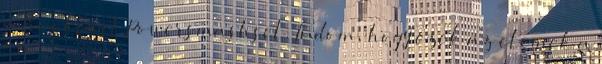
a Buckfast Powersmashsel. Tudom, hogy ezek az elemek a